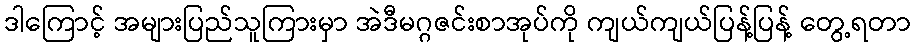
ဒါကြောင့် အများပြည်သူကြားမှာ အဲဒီမဂ္ဂဇင်းစာအုပ်ကို ကျယ်ကျယ်ပြန့်ပြန့် တွေ့ရတာ